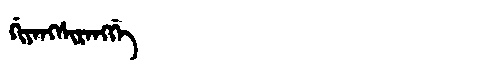
Manchu: ᡤᡳᠶᠠᠩᠰᡳᡵᠠᠩᡤᡝ
Romanization: GIYANGSIRANGGE